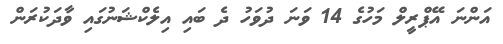
އަންނަ އޭޕްރީލް މަހުގެ 14 ވަނަ ދުވަހު ދެ ބައި އިލެކްޝަނުގައި ވާދަކުރަން